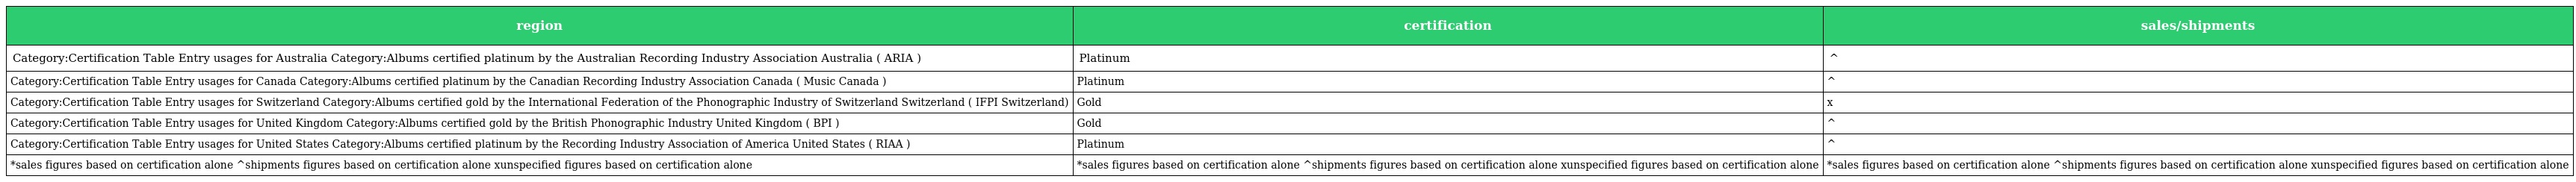
| region | certification | sales/shipments |
 | --- | --- | --- |
 | Category:Certification Table Entry usages for Australia Category:Albums certified platinum by the Australian Recording Industry Association Australia ( ARIA ) | Platinum | ^ |
 | Category:Certification Table Entry usages for Canada Category:Albums certified platinum by the Canadian Recording Industry Association Canada ( Music Canada ) | Platinum | ^ |
 | Category:Certification Table Entry usages for Switzerland Category:Albums certified gold by the International Federation of the Phonographic Industry of Switzerland Switzerland ( IFPI Switzerland) | Gold | x |
 | Category:Certification Table Entry usages for United Kingdom Category:Albums certified gold by the British Phonographic Industry United Kingdom ( BPI ) | Gold | ^ |
 | Category:Certification Table Entry usages for United States Category:Albums certified platinum by the Recording Industry Association of America United States ( RIAA ) | Platinum | ^ |
 | *sales figures based on certification alone ^shipments figures based on certification alone xunspecified figures based on certification alone | *sales figures based on certification alone ^shipments figures based on certification alone xunspecified figures based on certification alone | *sales figures based on certification alone ^shipments figures based on certification alone xunspecified figures based on certification alone |